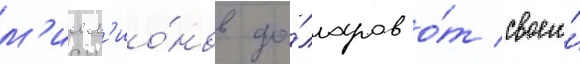
м'илл'ио́нов до́лларов о́т своего́